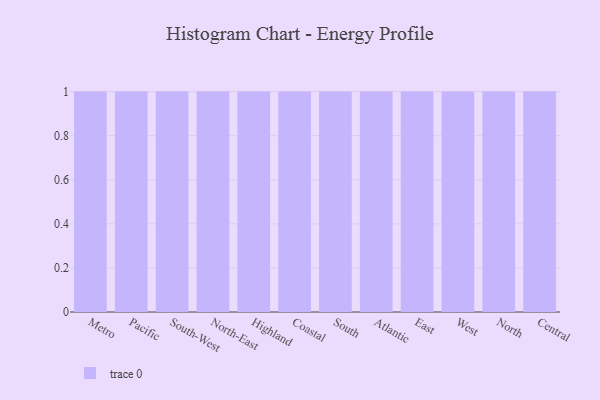
{"axis": {"x": "Region", "y": "Headcount"}, "legend": [""], "data": [{"x": "Metro", "y": 53, "type": ""}, {"x": "Pacific", "y": 1, "type": ""}, {"x": "South-West", "y": 73, "type": ""}, {"x": "North-East", "y": 75, "type": ""}, {"x": "Highland", "y": 65, "type": ""}, {"x": "Coastal", "y": 33, "type": ""}, {"x": "South", "y": 20, "type": ""}, {"x": "Atlantic", "y": 95, "type": ""}, {"x": "East", "y": 21, "type": ""}, {"x": "West", "y": 14, "type": ""}, {"x": "North", "y": 82, "type": ""}, {"x": "Central", "y": 49, "type": ""}]}